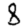
Digit: 8